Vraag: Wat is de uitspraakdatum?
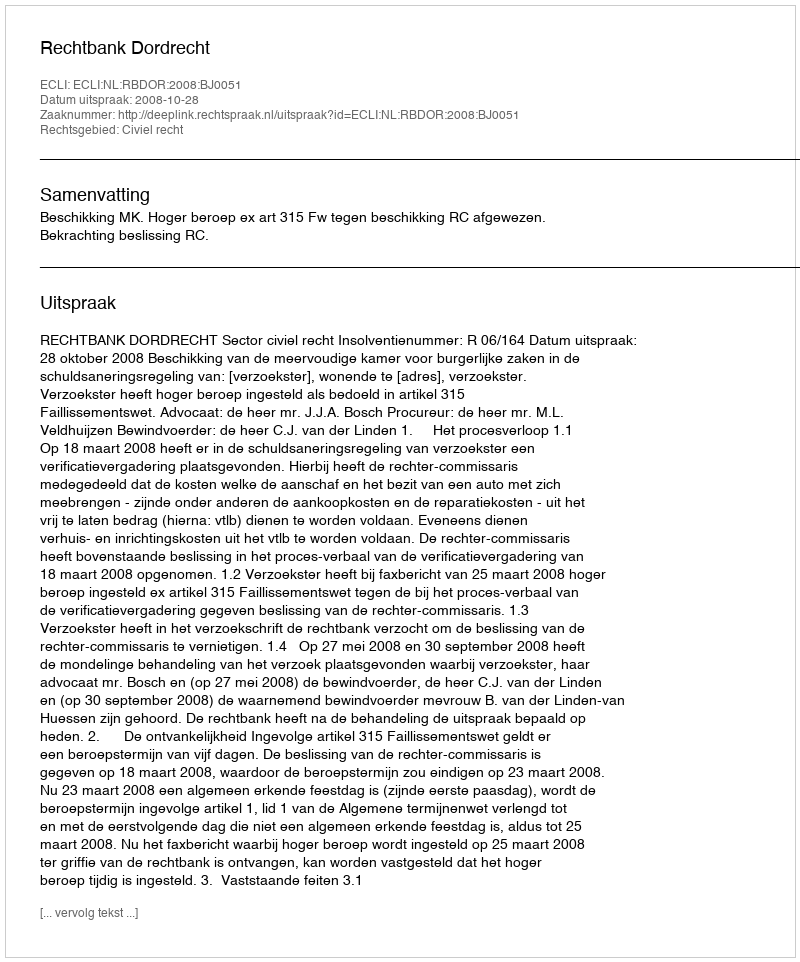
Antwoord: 2008-10-28